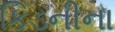
કિડનીના